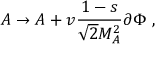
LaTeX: A \rightarrow A + v \frac { 1 - s } { \sqrt { 2 } M _ { A } ^ { 2 } } \partial \Phi \ ,